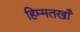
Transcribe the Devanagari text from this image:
हिम्मतखाँ